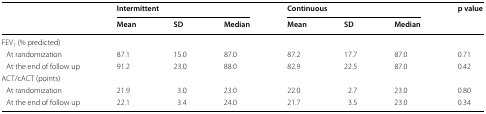
<table><thead><tr><td rowspan="2"></td><td colspan="3"><b>Intermittent</b></td><td colspan="3"><b>Continuous</b></td><td rowspan="2"><b>p value</b></td></tr><tr><td><b>Mean</b></td><td><b>SD</b></td><td><b>Median</b></td><td><b>Mean</b></td><td><b>SD</b></td><td><b>Median</b></td></tr></thead><tbody><tr><td colspan="8">FEV<sub>1</sub> (% predicted)</td></tr><tr><td> At randomization</td><td>87.1</td><td>15.0</td><td>87.0</td><td>87.2</td><td>17.7</td><td>87.0</td><td>0.71</td></tr><tr><td> At the end of follow up</td><td>91.2</td><td>23.0</td><td>88.0</td><td>82.9</td><td>22.5</td><td>87.0</td><td>0.42</td></tr><tr><td colspan="8">ACT/cACT (points)</td></tr><tr><td> At randomization</td><td>21.9</td><td>3.0</td><td>23.0</td><td>22.0</td><td>2.7</td><td>23.0</td><td>0.80</td></tr><tr><td> At the end of follow up</td><td>22.1</td><td>3.4</td><td>24.0</td><td>21.7</td><td>3.5</td><td>23.0</td><td>0.34</td></tr></tbody></table>